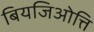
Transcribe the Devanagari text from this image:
बियजिओत्ति